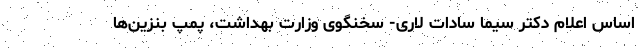
اساس اعلام دکتر سیما سادات لاری- سخنگوی وزارت بهداشت، پمپ بنزین‌ها